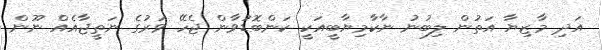
އަދި މާޒިޔާ އަތުން ލިބުނު ނާކާމިޔާބީއަކީ ކަންބޮޑުވާން ޖެހޭ ވަރުގެ ނަތީޖާއެއް ނޫން